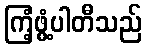
ကြံ့ဖွံ့ပါတီသည်